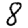
Digit: 8